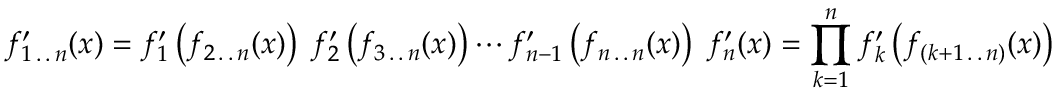
f _ { 1 \, . \, . \, n } ^ { \prime } ( x ) = f _ { 1 } ^ { \prime } \left( f _ { 2 \, . \, . \, n } ( x ) \right) \; f _ { 2 } ^ { \prime } \left( f _ { 3 \, . \, . \, n } ( x ) \right) \cdots f _ { n - 1 } ^ { \prime } \left( f _ { n \, . \, . \, n } ( x ) \right) \; f _ { n } ^ { \prime } ( x ) = \prod _ { k = 1 } ^ { n } f _ { k } ^ { \prime } \left( f _ { ( k + 1 \, . \, . \, n ) } ( x ) \right)